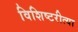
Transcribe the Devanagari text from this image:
विशिष्टरीत्या